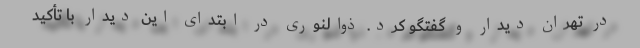
در تهران دیدار و گفتگو کرد. ذوالنوری در ابتدای این دیدار با تأکید